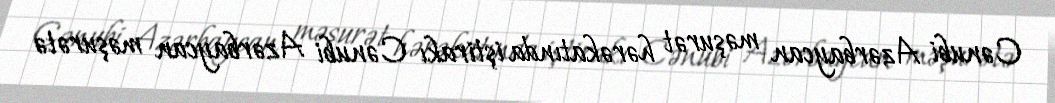
Cənubi Azərbaycan məşurət hərəkatında iştirakı Cənubi Azərbaycan məşurətə